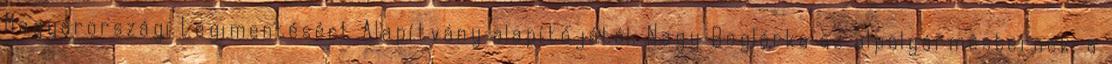
Magyarországi Légimentésért Alapítvány alapítójától. Nagy Boglárka az alpolgármesternek, a